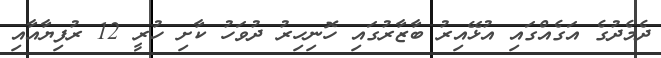
ދެމެދުގެ އަގެއްގައި އުޅޭއިރު ބާޒާރުގައި ހޮނިހިރު ދުވަހު ކާށި ހުރީ 12 ރުފިޔާއާއި